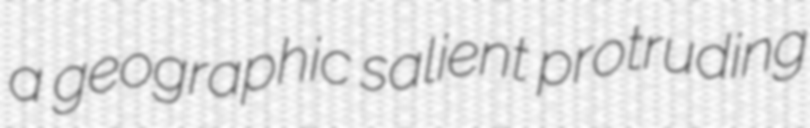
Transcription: a geographic salient protruding